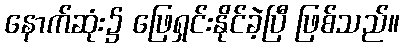
နောက်ဆုံး၌ ဖြေရှင်းနိုင်ခဲ့ပြီ ဖြစ်သည်။